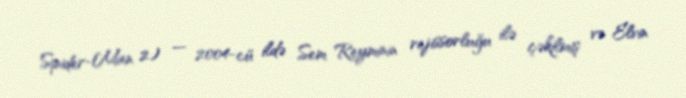
Spider-Man 2) — 2004-cü ildə Sem Reyminin rejissorluğu ilə çəkilmiş və Elvin